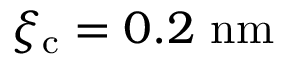
{ \xi _ { \mathrm { c } } = 0 . 2 \ \mathrm { n m } }